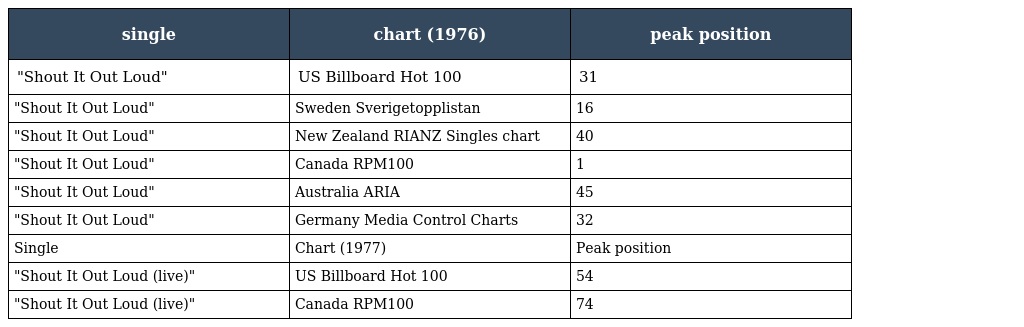
| single | chart (1976) | peak position |
 | --- | --- | --- |
 | "Shout It Out Loud" | US Billboard Hot 100 | 31 |
 | "Shout It Out Loud" | Sweden Sverigetopplistan | 16 |
 | "Shout It Out Loud" | New Zealand RIANZ Singles chart | 40 |
 | "Shout It Out Loud" | Canada RPM100 | 1 |
 | "Shout It Out Loud" | Australia ARIA | 45 |
 | "Shout It Out Loud" | Germany Media Control Charts | 32 |
 | Single | Chart (1977) | Peak position |
 | "Shout It Out Loud (live)" | US Billboard Hot 100 | 54 |
 | "Shout It Out Loud (live)" | Canada RPM100 | 74 |